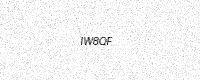
Text: IW8QF